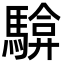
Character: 𮪓